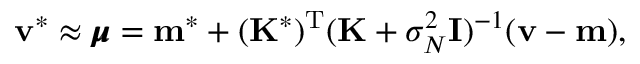
\mathbf { v } ^ { * } \approx { \pmb { \mu } } = \mathbf { m } ^ { * } + ( \mathbf { K } ^ { * } ) ^ { \mathrm { T } } ( \mathbf { K } + \sigma _ { N } ^ { 2 } { \bf { I } } ) ^ { - 1 } ( \mathbf { v } - \mathbf { m } ) ,